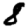
Digit: 8